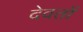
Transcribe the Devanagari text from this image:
देवतों